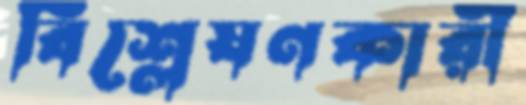
বিশ্লেষণকারী